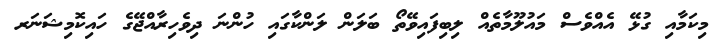
މިކަމާއި ގުޅޭ އެއްވެސް މައުލޫމާތެއް ލިބިފައިވޭތޯ ބަލަން ލަންކާގައި ހުންނަ ދިވެހިރާއްޖޭގެ ހައިކޮމިޝަނަރ